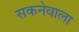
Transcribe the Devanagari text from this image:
सकनेवाला